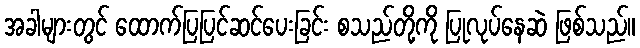
အခါများတွင် ထောက်ပြပြင်ဆင်ပေးခြင်း စသည်တို့ကို ပြုလုပ်နေဆဲ ဖြစ်သည်။